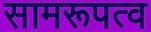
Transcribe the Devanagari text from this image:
सामरूपत्व